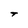
Character: T